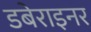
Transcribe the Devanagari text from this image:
डबेराइनर